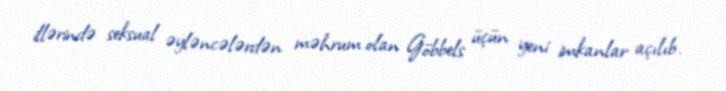
illərində seksual əyləncələrdən məhrum olan Göbbels üçün yeni imkanlar açılıb.